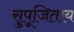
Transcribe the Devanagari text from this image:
सुपूजिताय